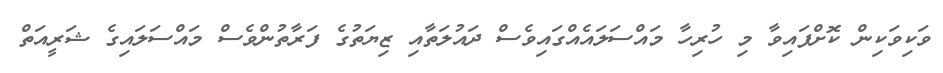
ވަކިވަކިން ކޮށްފައިވާ މި ހުރިހާ މައްސަލައެއްގައިވެސް ދައުލަތާއި ޒިޔަތުގެ ފަރާތުންވެސް މައްސަލައިގެ ޝަރީއަތް